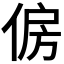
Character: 𠉱